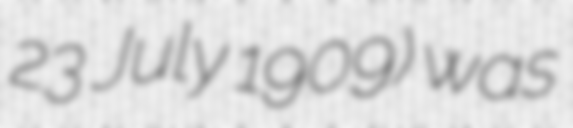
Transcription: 23 July 1909) was